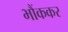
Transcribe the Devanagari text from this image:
भौंककर